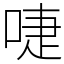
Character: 啑